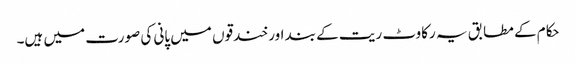
حکام کے مطابق یہ رکاوٹ ریت کے بند اور خندقوں میں پانی کی صورت میں ہیں۔